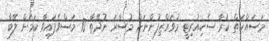
މަސައްކަތް ކުރާ ސެކިއުރިޓީ މުވައްޒިފުންނަށް މުސާރަ ނުދޭތާ 10 މަސްވެފައިވާ ކަމަށް ލޭބާ